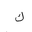
Letter: _kaf